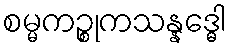
စမ္မကဉ္စုကသန္နဒ္ဓေါ